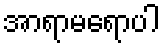
အာရာမရောပါ